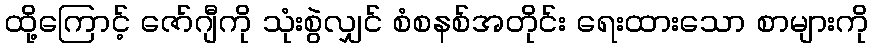
ထို့ကြောင့် ဇော်ဂျီကို သုံးစွဲလျှင် စံစနစ်အတိုင်း ရေးထားသော စာများကို